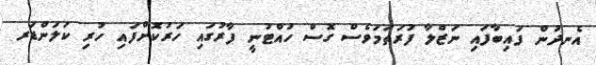
އެނދުން ފައިބާފައި ނަޒްލާ ފުރަތަމަވެސް ގޮސް ހުއްޓުނީ ފާރުގައި ހަރުކޮށްފައި ހުރި ކަލަންޑަރ